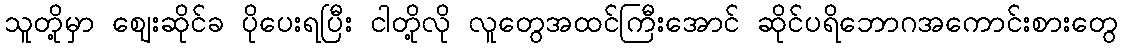
သူတို့မှာ ဈေးဆိုင်ခ ပိုပေးရပြီး ငါတို့လို လူတွေအထင်ကြီးအောင် ဆိုင်ပရိဘောဂအကောင်းစားတွေ